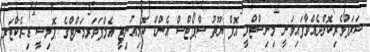
ޝަރަފުވެރިކޮށްދެއްވާފައިވަނީ މިނިސްޓްރީ އޮފް ޔޫތު ސްޕޯޓްސް އެންޑް ކޮމިއުނިޓީ އެމްޕަވަރމަންޓްގެ ޕޮލިސީ ޑިރެކްޓަރ